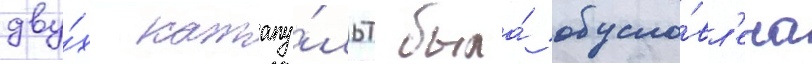
дву́х катапу́льт была́ обусло́вл'ена